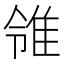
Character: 𨾠